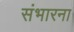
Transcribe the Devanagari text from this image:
संभारना